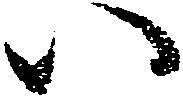
い